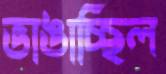
ভাঙাচ্ছিল